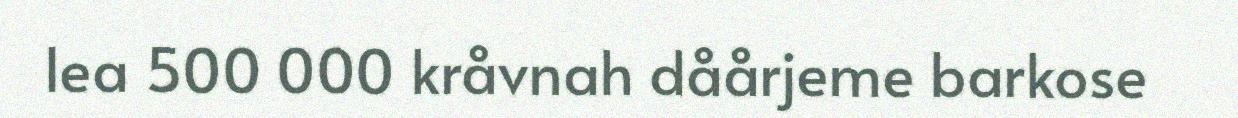
lea 500 000 kråvnah dåårjeme barkose